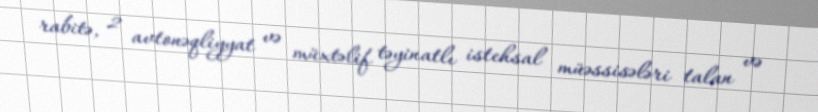
rabitə, 2 avtonəqliyyat və müxtəlif təyinatlı istehsal müəssisələri talan və